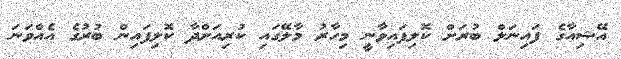
އޭޝިއާގެ ފައިނަލް ބުރަށް ކޮލިފައިވާނީ މިހާރު މާލޭގައި ކުރިއަށްދާ ކޮލިފައިން ބުރުގެ އެއްވަނަ